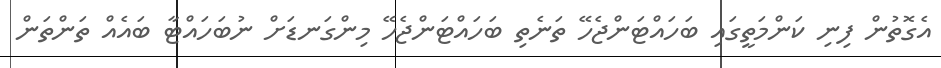
އެގޮތުން ފިނި ކަންމަތީގައި ބަހައްޓަންޖެހޭ ތަނެތި ބަހައްޓަންޖެހޭ މިންގަނޑަށް ނުބަހައްޓާ ބައެއް ތަންތަން